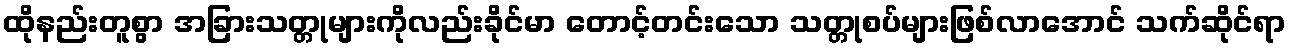
ထိုနည်းတူစွာ အခြားသတ္တုများကိုလည်းခိုင်မာ တောင့်တင်းသော သတ္တုစပ်များဖြစ်လာအောင် သက်ဆိုင်ရာ